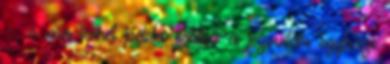
–, s ma ismét példa értékű a jezsuiták egyházi